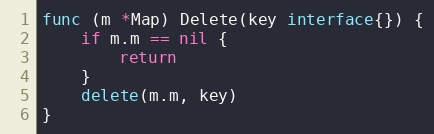
Language: Go
func (m *Map) Delete(key interface{}) {
	if m.m == nil {
		return
	}
	delete(m.m, key)
}